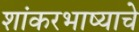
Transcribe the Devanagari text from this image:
शांकरभाष्याचे